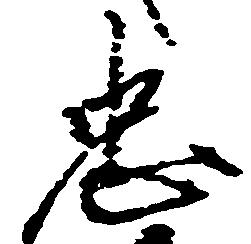
忠